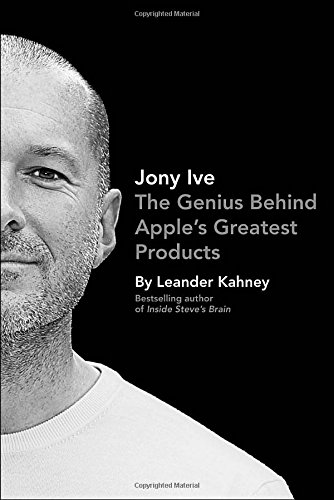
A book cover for Jony Ive: The Genius Behind Apple's Greatest Products; Leander Kahney; Arts & Photography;